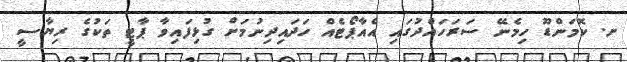
ށ. ކޮމަންޑޫ ހިމެނޭ ސަރަހައްދުގައި އެއާޕޯޓެއް ހަދައިދިނުމަށް ގުޅިފައިވާ ޕާޓީ ތަކުގެ ރިޔާސީ